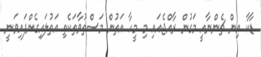
ޑާކާ އިން ޗެންނާއީ މަގުން ރާއްޖެއައި މި މީހާ އަތުން މަސްތުވާތަކެތި އަތުލައިގެންފައިވަނީ